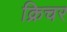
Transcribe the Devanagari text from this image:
क्रिचर